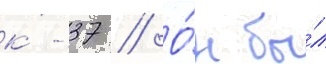
к-37 // О́н бы́л